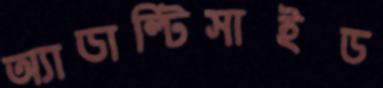
অ্যাডাল্টিসাইড